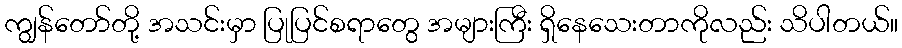
ကျွန်တော်တို့ အသင်းမှာ ပြုပြင်စရာတွေ အများကြီး ရှိနေသေးတာကိုလည်း သိပါတယ်။